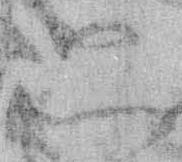
只